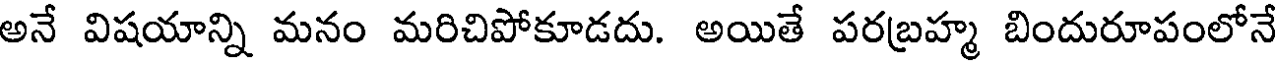
అనే విషయాన్ని మనం మరిచిపోకూడదు. అయితే పరబ్రహ్మ బిందురూపంలోనే